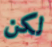
لكن